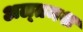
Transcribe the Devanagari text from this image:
अल्‍तमश